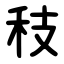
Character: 秓